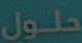
حلول